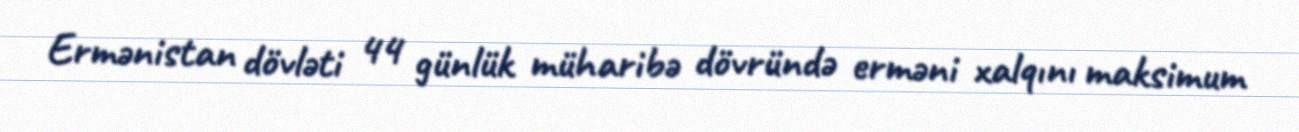
Ermənistan dövləti 44 günlük müharibə dövründə erməni xalqını maksimum